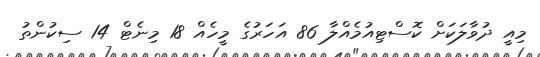
މިއީ ދުވާލަކަށް ކޮސްޓިއުމެއްލާ 86 އަހަރުގެ މީހެއް 18 މިނެޓް 14 ސިކުންތު